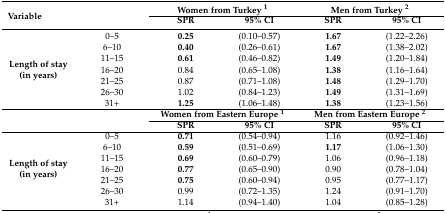
<table><thead><tr><td rowspan="2" colspan="2"><b>Variable</b></td><td colspan="2"><b>Women from Turkey <sup>1</sup></b></td><td colspan="2"><b>Men from Turkey <sup>2</sup></b></td></tr><tr><td><b>SPR</b></td><td><b>95% CI</b></td><td><b>SPR</b></td><td><b>95% CI</b></td></tr></thead><tbody><tr><td rowspan="7"><b>Length of stay (in years)</b></td><td>0–5</td><td><b>0.25</b></td><td>(0.10–0.57)</td><td><b>1.67</b></td><td>(1.22–2.26)</td></tr><tr><td>6–10</td><td><b>0.40</b></td><td>(0.26–0.61)</td><td><b>1.67</b></td><td>(1.38–2.02)</td></tr><tr><td>11–15</td><td><b>0.61</b></td><td>(0.46–0.82)</td><td><b>1.49</b></td><td>(1.20–1.84)</td></tr><tr><td>16–20</td><td>0.84</td><td>(0.65–1.08)</td><td><b>1.38</b></td><td>(1.16–1.64)</td></tr><tr><td>21–25</td><td>0.87</td><td>(0.71–1.08)</td><td><b>1.48</b></td><td>(1.29–1.70)</td></tr><tr><td>26–30</td><td>1.02</td><td>(0.84–1.23)</td><td><b>1.49</b></td><td>(1.31–1.69)</td></tr><tr><td>31+</td><td><b>1.25</b></td><td>(1.06–1.48)</td><td><b>1.38</b></td><td>(1.23–1.56)</td></tr><tr><td rowspan="2" colspan="2"></td><td colspan="2"><b>Women from Eastern Europe <sup>1</sup></b></td><td colspan="2"><b>Men from Eastern Europe <sup>2</sup></b></td></tr><tr><td><b>SPR</b></td><td><b>95% CI</b></td><td><b>SPR</b></td><td><b>95% CI</b></td></tr><tr><td rowspan="7"><b>Length of stay (in years)</b></td><td>0–5</td><td><b>0.71</b></td><td>(0.54–0.94)</td><td>1.16</td><td>(0.92–1.46)</td></tr><tr><td>6–10</td><td><b>0.59</b></td><td>(0.51–0.69)</td><td><b>1.17</b></td><td>(1.06–1.30)</td></tr><tr><td>11–15</td><td><b>0.69</b></td><td>(0.60–0.79)</td><td>1.06</td><td>(0.96–1.18)</td></tr><tr><td>16–20</td><td><b>0.77</b></td><td>(0.65–0.90)</td><td>0.90</td><td>(0.78–1.04)</td></tr><tr><td>21–25</td><td><b>0.75</b></td><td>(0.60–0.94)</td><td>0.95</td><td>(0.77–1.17)</td></tr><tr><td>26–30</td><td>0.99</td><td>(0.72–1.35)</td><td>1.24</td><td>(0.91–1.70)</td></tr><tr><td>31+</td><td>1.14</td><td>(0.94–1.40)</td><td>1.04</td><td>(0.85–1.28)</td></tr></tbody></table>